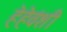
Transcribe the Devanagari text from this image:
हेहेवंशी